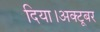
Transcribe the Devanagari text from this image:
दिया।अक्टूबर